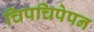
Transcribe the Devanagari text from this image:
चिपचिपेपन